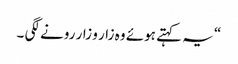
“ یہ کہتے ہوئے وہ زار و زار رونے لگی ۔